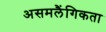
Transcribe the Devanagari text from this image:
असमलैंगिकता